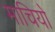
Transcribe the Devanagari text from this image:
माचियो